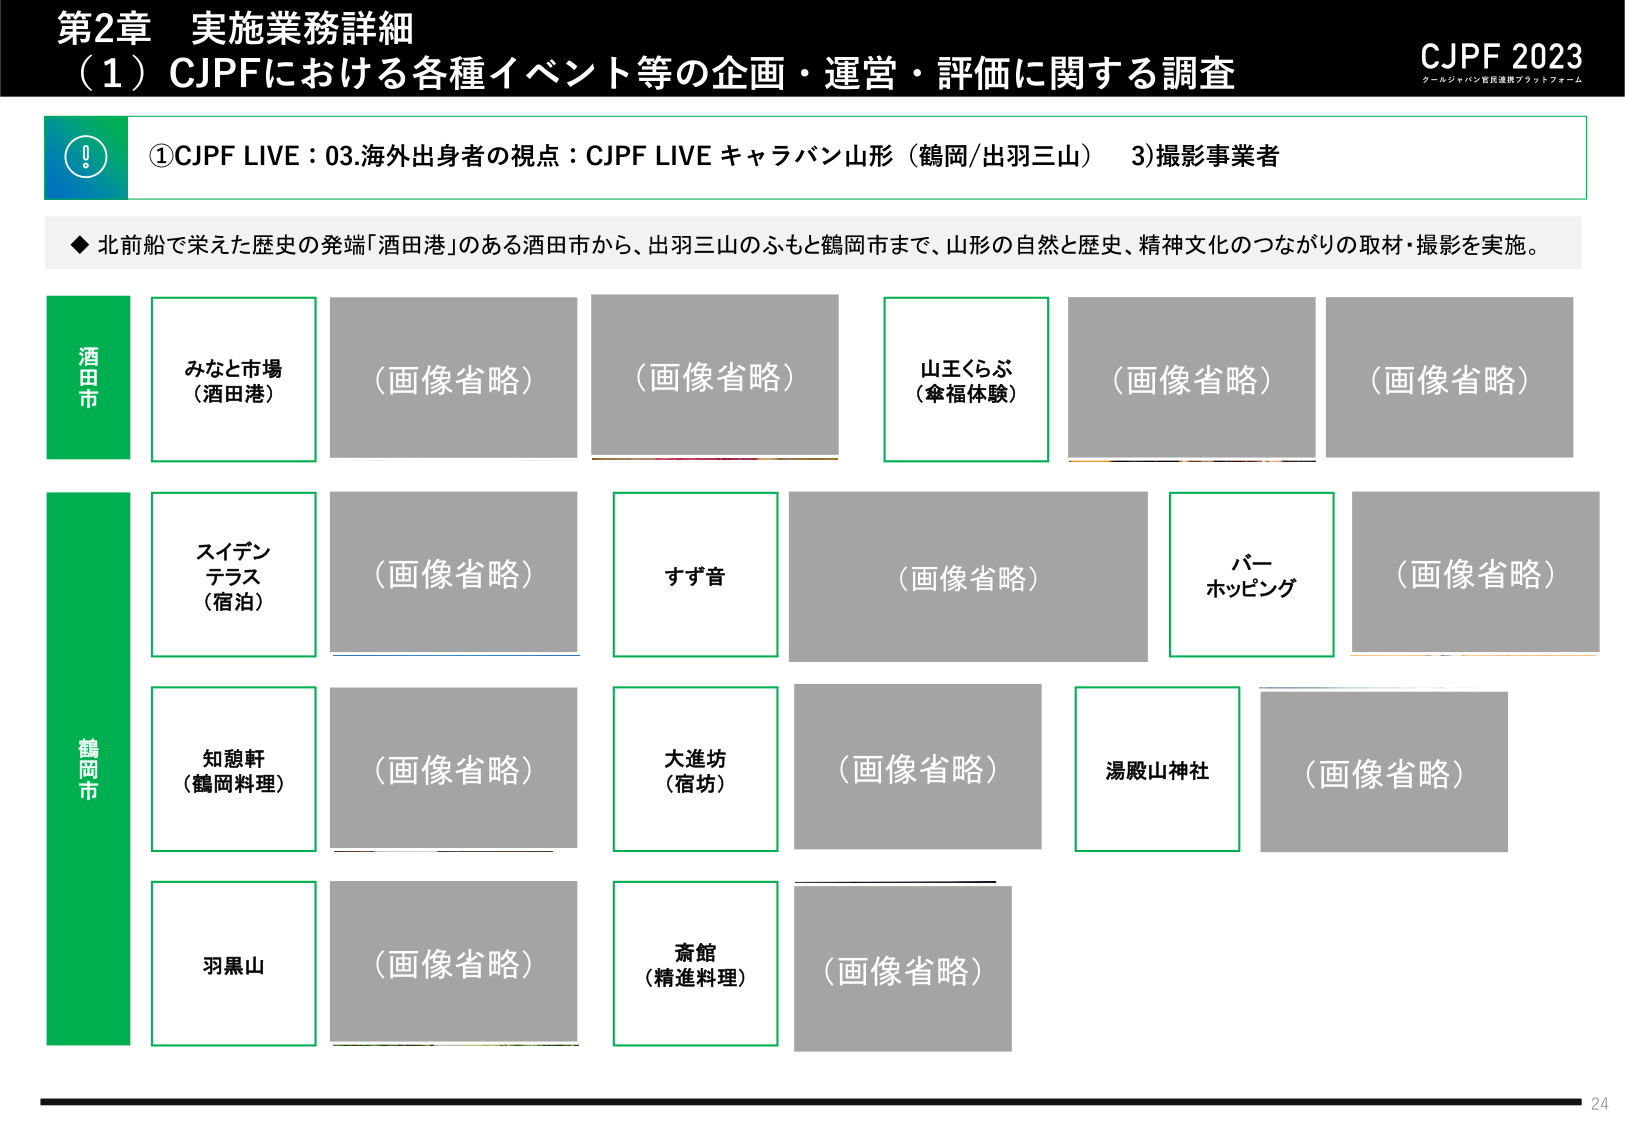
第2章 実施業務詳細
（1）CJPFにおける各種イベント等の企画・運営・評価に関する調査
CJPF 2023
クールジャパン官民連携プラットフォーム

①CJPF LIVE：03.海外出身者の視点：CJPF LIVE キャラバン山形（鶴岡/出羽三山） 3)撮影事業者

◆ 北前船で栄えた歴史の発端「酒田港」のある酒田市から、出羽三山のふもと鶴岡市まで、山形の自然と歴史、精神文化のつながりの取材・撮影を実施。

酒田市
みなと市場
（酒田港）
（画像省略）
（画像省略）
山王くらぶ
（傘福体験）
（画像省略）
（画像省略）

鶴岡市
スイデン
テラス
（宿泊）
（画像省略）
すず音
（画像省略）
バー
ホッピング
（画像省略）

知憩軒
（鶴岡料理）
（画像省略）
大進坊
（宿坊）
（画像省略）
湯殿山神社
（画像省略）

羽黒山
（画像省略）
斎館
（精進料理）
（画像省略）

24